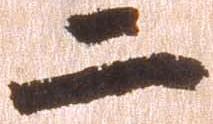
二